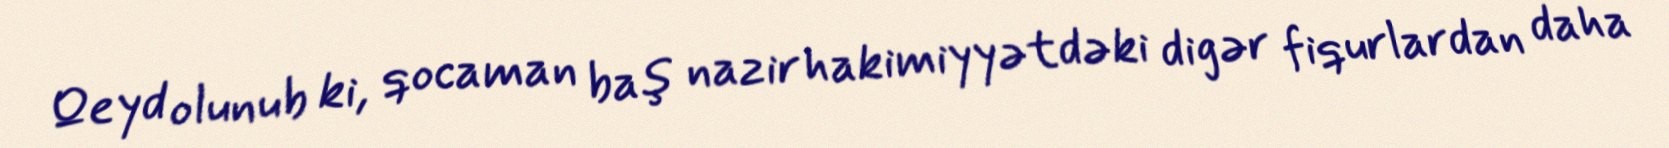
Qeyd olunub ki, qocaman baş nazir hakimiyyətdəki digər fiqurlardan daha